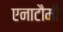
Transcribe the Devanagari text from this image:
एनाटौमी